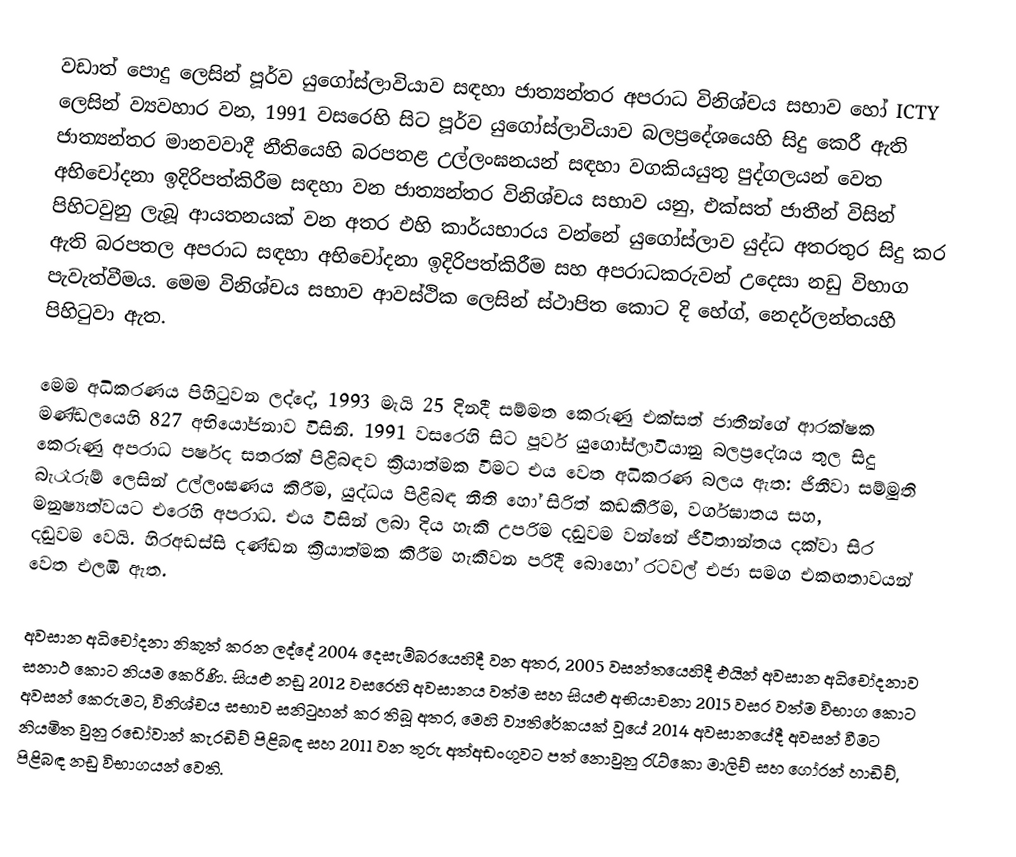
වඩාත් පොදු ලෙසින්  පූර්ව යුගෝස්ලාවියාව සඳහා ජාත්‍යන්තර අපරාධ විනිශ්චය සභාව  හෝ ICTY ලෙසින් ව්‍යවහාර වන, 1991 වසරෙහි සිට පූර්ව යුගෝස්ලාවියාව බලප්‍රදේශයෙහි සිදු කෙරී ඇති ජාත්‍යන්තර මානවවාදී නීතියෙහි බරපතළ උල්ලංඝනයන් සඳහා වගකියයුතු පුද්ගලයන් වෙත අභිචෝදනා ඉදිරිපත්කිරීම සඳහා වන ජාත්‍යන්තර විනිශ්චය සභාව යනු, එක්සත් ජාතීන් විසින් පිහිටවුනු ලැබූ ආයතනයක් වන අතර එහි කාර්යභාරය වන්නේ යුගෝස්ලාව යුද්ධ අතරතුර සිදු කර ඇති බරපතල අපරාධ සඳහා අභිචෝදනා ඉදිරිපත්කිරීම සහ අපරාධකරුවන් උදෙසා නඩු විභාග පැවැත්වීමය. මෙම විනිශ්චය සභාව ආවස්ථික ලෙසින් ස්ථාපිත කොට දි හේග්, නෙදර්ලන්තයහී පිහිටුවා ඇත.

මෙම අධිකරණය පිහිටුවන ලද්දේ,   1993 මැයි 25 දිනදී සම්මත කෙරුණු  එක්සත් ජාතීන්ගේ ආරක්ෂක මණ්ඩලයෙහි  827 අභියෝජනාව විසිනි. 1991 වසරෙහි සිට පූර්ව යුගෝස්ලාවියානු බලප්‍රදේශය තුල සිදු කෙරුණු අපරාධ පර්ෂද සතරක් පිළිබඳව ක්‍රියාත්මක වීමට එය වෙත අධිකරණ බලය ඇත: ජිනීවා සම්මුති බැරෑරුම් ලෙසින් උල්ලංඝණය කිරීම, යුද්ධය පිළිබඳ නීති හෝ සිරිත් කඩකිරීම, වර්ගඝාතය  සහ, මනුෂ්‍යත්වයට එරෙහි අපරාධ. එය විසින් ලබා දිය හැකි උපරිම දඬුවම වන්නේ ජීවිතාන්තය දක්වා සිර දඬුවම වෙයි. හිරඅඩස්සි දණ්ඩන ක්‍රියාත්මක කිරීම හැකිවන පරිදී  බොහෝ රටවල් එජා සමග එකඟතාවයන් වෙත එලඹී ඇත.

අවසාන අධිචෝදනා නිකුත් කරන ලද්දේ 2004 දෙසැම්බරයෙහිදී වන අතර, 2005 වසන්තයෙහිදී එයින් අවසාන අධිචෝදනාව සනාථ කොට නියම කෙරිණි. සියළු නඩු 2012 වසරෙහි අවසානය වත්ම සහ සියළු අභියාචනා 2015 වසර වත්ම විභාග කොට අවසන් කෙරුමට, විනිශ්චය සභාව සනිටුහන් කර තිබූ අතර, මෙහි ව්‍යතිරේකයක් වූයේ 2014 අවසානයේදී අවසන් වීමට නියමිත වුනු  රඩෝවාන් කැරඩිච් පිළිබඳ සහ   2011 වන තුරු අත්අඩංගුවට පත් නොවුනු  රැට්කො මාලිච් සහ  ගෝරන් හාඩිච්, පිළිබඳ නඩු විභාගයන් වෙති.